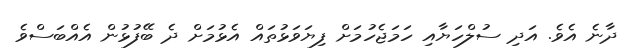
ދާނެ އެވެ. އަދި ސުލްހަޔާއި ހަމަޖެހުމަށް ފިޔަވަޅުތައް އެޅުމަށް ދެ ބޭފުޅުން އެއްބަސްވެ